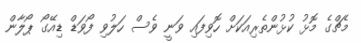
މެޗްގެ މޮޅު ކުޅުންތެރިއަކަށް ހޮވިފައި ވަނީ ވެސް ހަލުވި ފޯވަޑް ޑިއޭގޯ ޕޯލާން